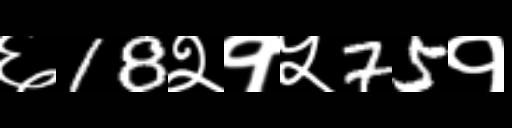
Text: ६18२१५75१